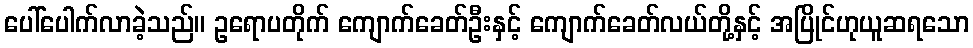
ပေါ်ပေါက်လာခဲ့သည်။ ဥရောပတိုက် ကျောက်ခေတ်ဦးနှင့် ကျောက်ခေတ်လယ်တို့နှင့် အပြိုင်ဟုယူဆရသော